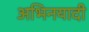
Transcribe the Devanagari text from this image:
अभिनयादी